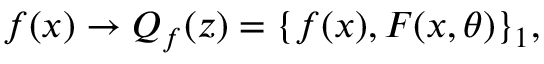
f ( x ) \to Q _ { f } ( z ) = \{ f ( x ) , F ( x , \theta ) \} _ { 1 } ,